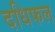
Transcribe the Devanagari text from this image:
दधिफल